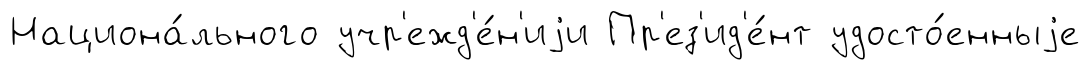
Национа́льного учр'ежд'е́н'иjи Пр'ез'ид'е́нт удосто́енныjе